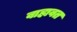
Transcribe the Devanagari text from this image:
वाहावत